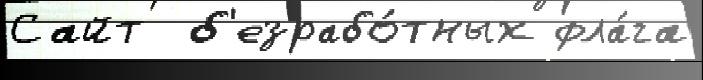
Сайт  б'езрабо́тных фла́га